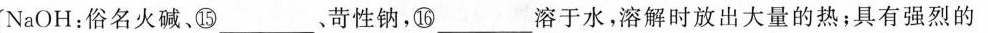
NaOH:俗名火碱、⑮___、苛性钠，⑯___溶于水，溶解时放出大量的热；具有强烈的